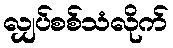
လျှပ်စစ်သံလိုက်